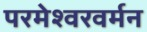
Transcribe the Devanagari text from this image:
परमेश्वरवर्मन